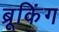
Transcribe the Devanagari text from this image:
ब्रूकिंग